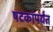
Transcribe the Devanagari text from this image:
षटकांपर्यंत